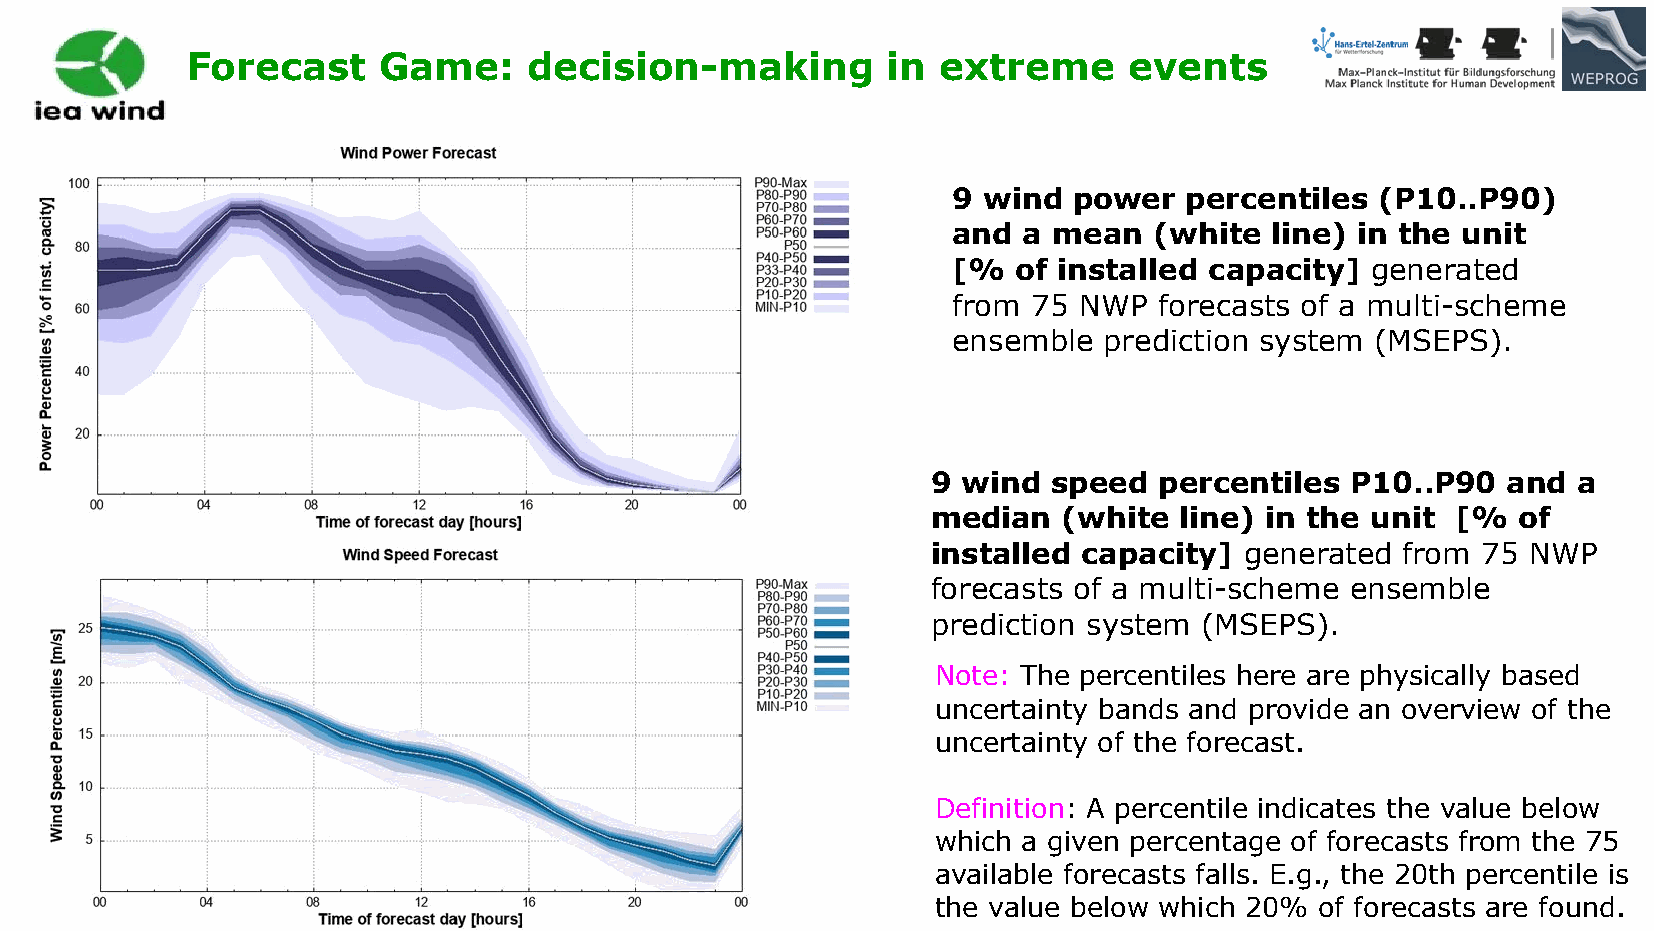
Forecast     Game:     decision-making         in extreme      events
 9 wind  power   percentiles (P10..P90)
 and  a mean  (white  line) in the unit
 [%  of installed capacity]  generated
 from 75 NWP   forecasts of a multi-scheme
 ensemble  prediction system (MSEPS).
 9 wind  speed  percentiles P10..P90   and a
 median  (white  line) in the unit [%  of
 installed capacity] generated  from 75 NWP
 forecasts of a multi-scheme ensemble
 prediction system (MSEPS).
 Note: The percentiles here are physically based
 uncertainty bands and provide an overview of the
 uncertainty of the forecast.
 Definition: A percentile indicates the value below
 which a given percentage of forecasts from the 75
 available forecasts falls. E.g., the 20th percentile is
 the value below which 20% of forecasts are found.